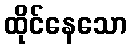
ထိုင်နေသော